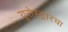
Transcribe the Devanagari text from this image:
युरोस्ट्रारचा